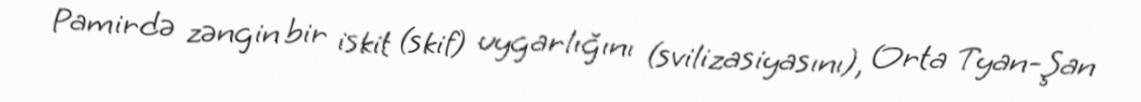
Pamirdə zəngin bir iskit (skif) uygarlığını (svilizasiyasını), Orta Tyan-Şan